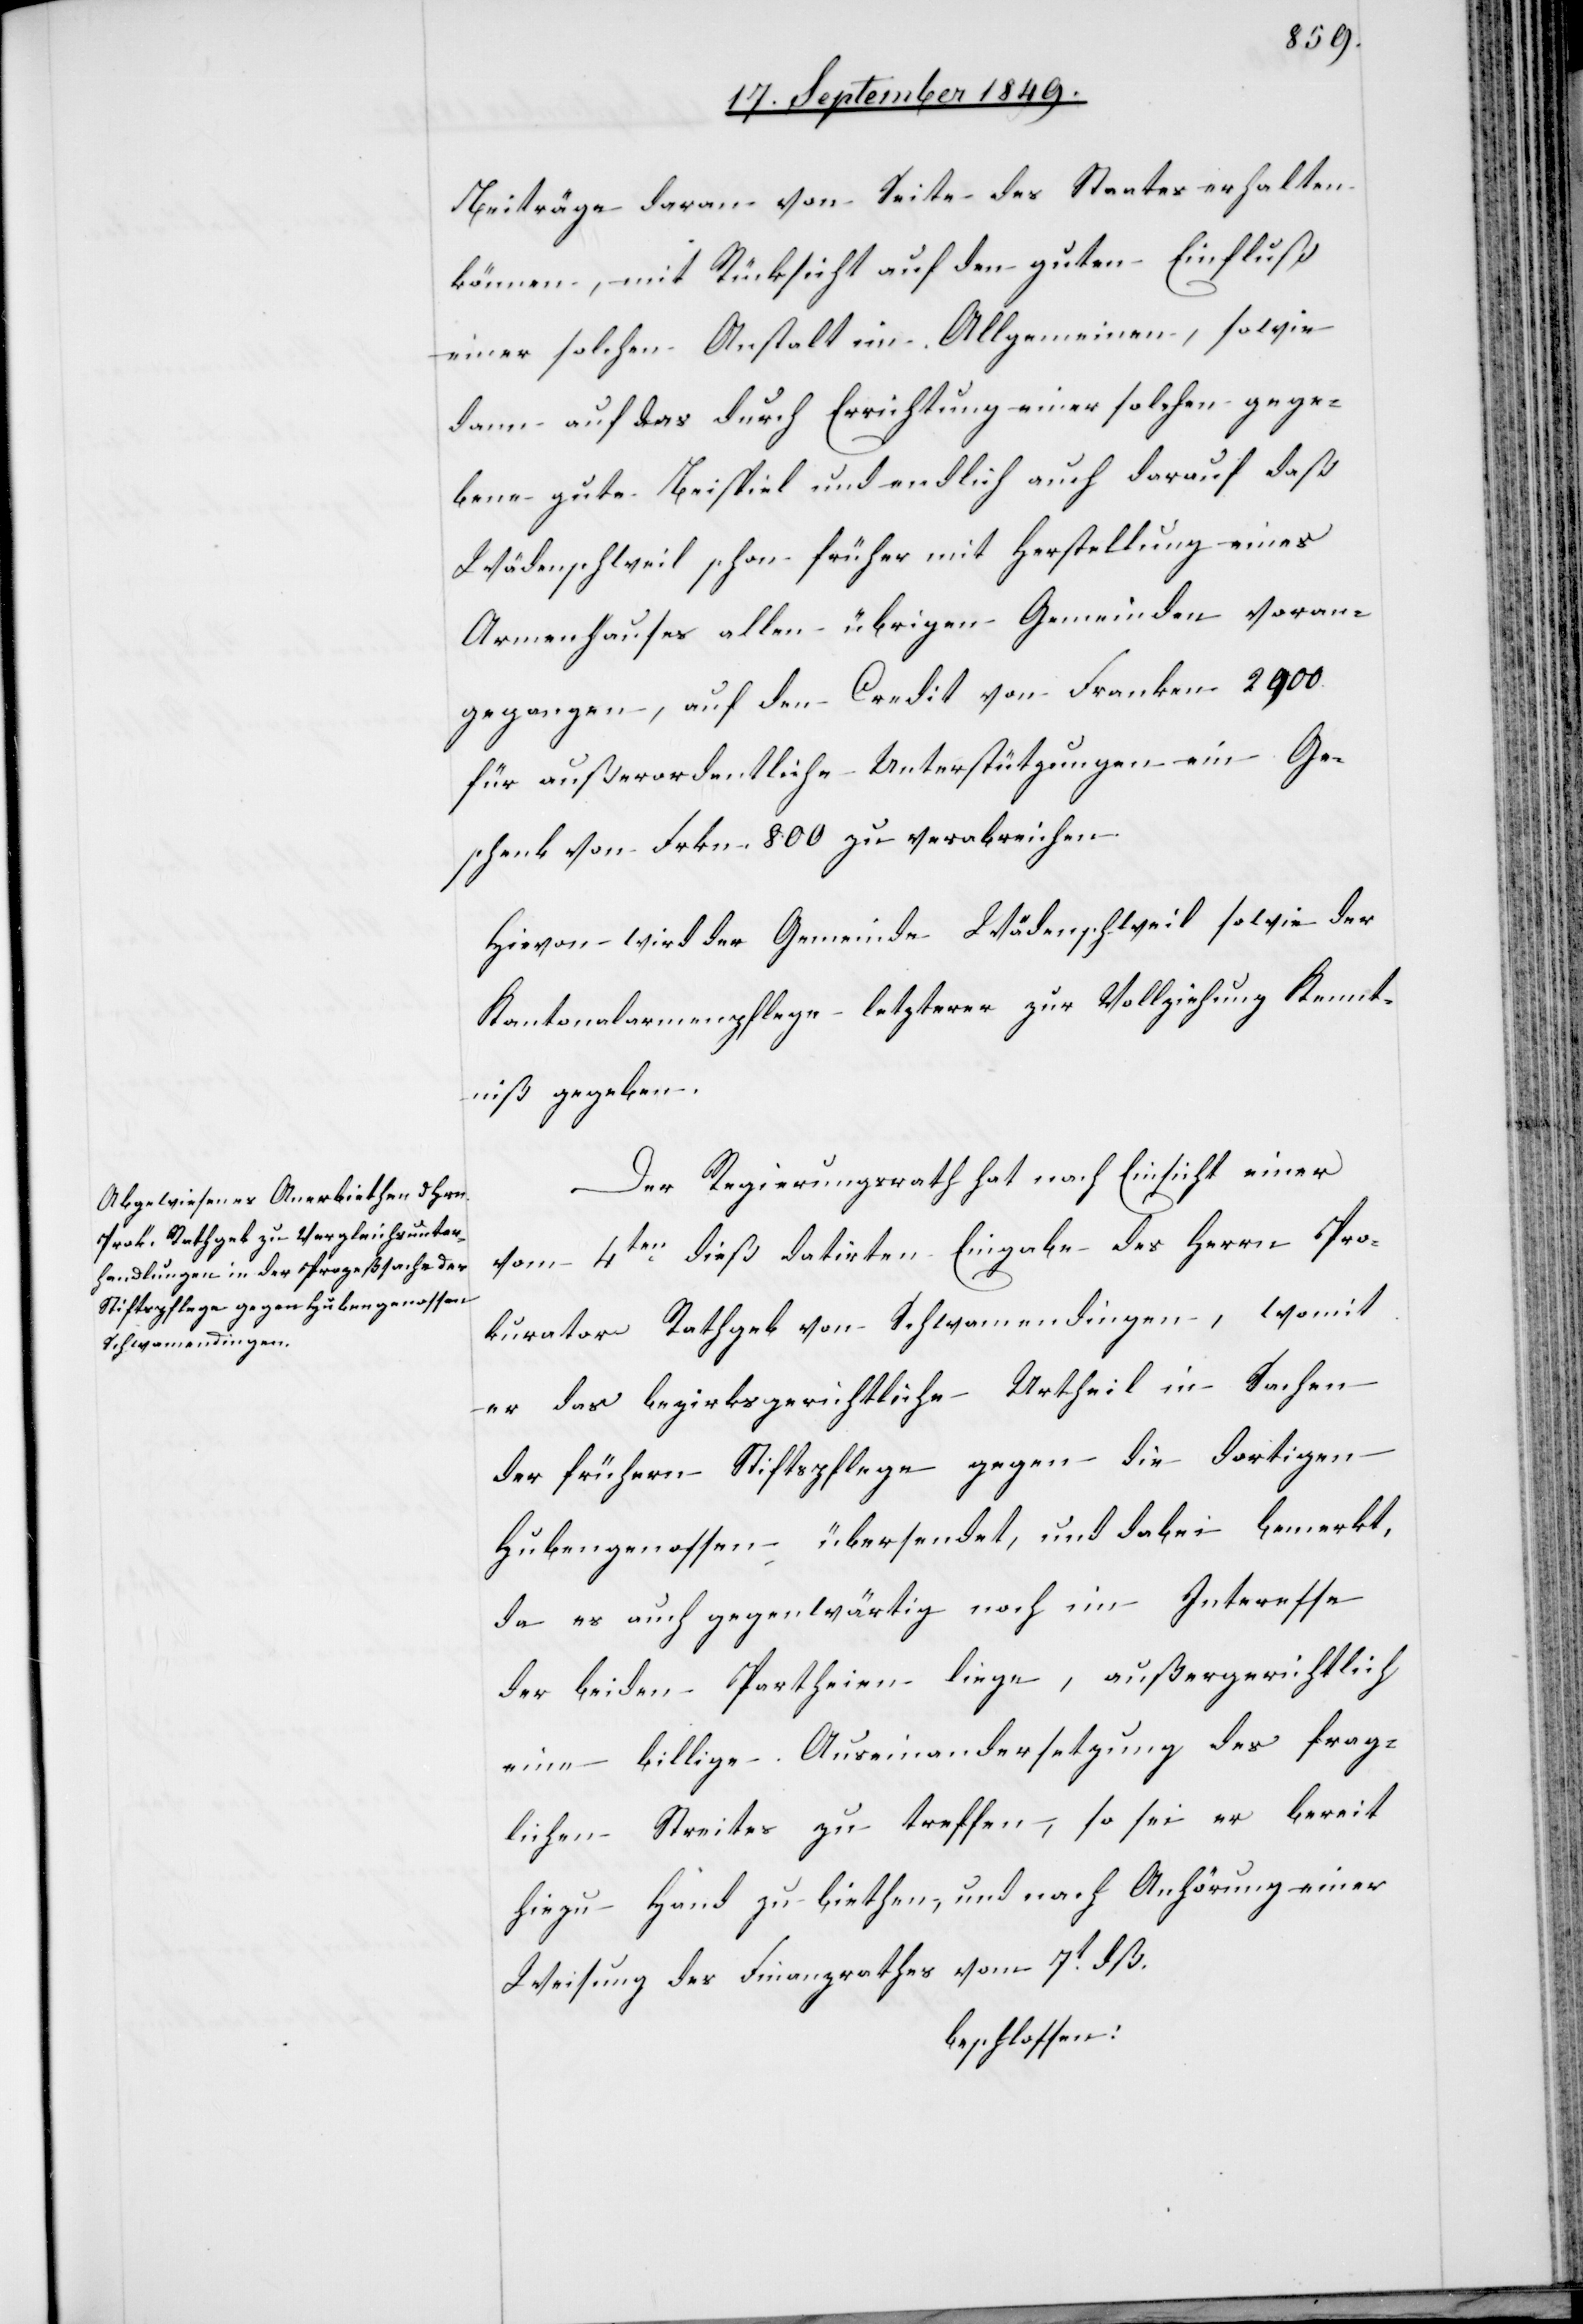
Beiträge davon von Seite des Staates erhalten
können, mit Rücksicht auf den guten Einfluß
einer solchen Anstalt im Allgemeinen, sowie
dann auf das durch Errichtung einer solchen gege¬
bene gute Beispiel und endlich auch darauf daß
Wädenschweil schon früher mit Herstellung eines
Armenhauses allen übrigen Gemeinden voran¬
gegangen, auf den Credit von Franken 2900.
für außerordentliche Unterstützungen ein Ge¬
schenk von Frkn. 800. zu verabreichen.
Hievon wird der Gemeinde Wädenschweil sowie der
Kantonalarmenpflege letzterer zur Vollziehung Kennt¬
niß gegeben.
Der Regierungsrath hat nach Einsicht einer
vom 4ten dieß datirten Eingabe des Herrn Pro¬
kurator Rathgeb von Schwamendingen, womit
er das bezirksgerichtliche Urtheil in Sachen
der frühern Stiftspflege gegen die dortigen
Hubengenossen übersendet, und dabei bemerkt,
da es auch gegenwärtig noch im Interesse
der beiden Partheien liege, außergerichtlich
eine billige Auseinandersetzung des frag¬
lichen Streites zu treffen, so sei er bereit
hiezu Hand zu biethen, und nach Anhörung einer
Weisung des Finanzrathes vom 7t dß.
beschlossen: